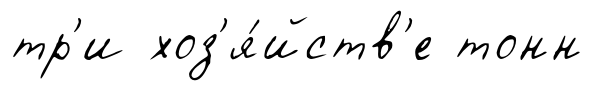
тр'и хоз'я́йств'е тонн